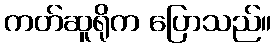
ကတ်ဆူရိုက ပြောသည်။